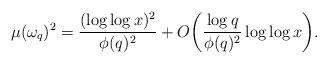
LaTeX: \begin{align*} \mu(\omega_q)^2 = \frac{(\log\log x)^2}{\phi(q)^2} + O\bigg(\frac{\log q}{\phi(q)^2} \log\log x \bigg).\end{align*}